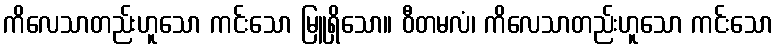
ကိလေသာတည်းဟူသော ကင်းသော မြူရှိသော။ ဝီတမလံ၊ ကိလေသာတည်းဟူသော ကင်းသော